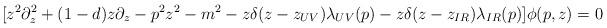
LaTeX: \begin{align*}[z^2 \partial_z^2+(1-d)z \partial_z-p^2 z^2 -m^2-z\delta(z-z_{UV}) \lambda_{UV}(p)-z\delta(z-z_{IR})\lambda_{IR}(p)]\phi(p,z)=0\end{align*}